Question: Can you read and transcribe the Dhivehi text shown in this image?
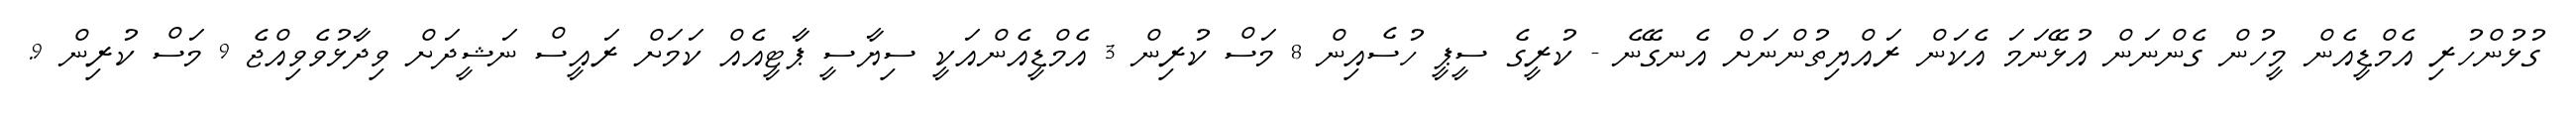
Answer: ގުޅުންހުރި އެމްޑީއެން މީހުން ގެންނަން އުޅޭނަމަ އެކަން ރައްޔިތުންނަށް އެނގޭނެ - ކުރީގެ ސީޕީ ހުސެއިން 8 މަސް ކުރިން 3 އެމްޑީއެންއަކީ ސިޔާސީ ޕާޓީއެއް ކަމަށް ރައީސް ނަޝީދަށް ވިދާޅުވެވިއްޖެ 9 މަސް ކުރިން 9.